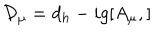
{ \cal { D } } _ { \mu } = d _ { h } - i g [ A _ { \mu } , ]